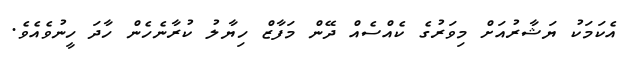
އެކަމަކު ޔަޝާރުއަށް މިވަރުގެ ކެއްސެއް ދޭން މަފާޒް ހިޔާލު ކުރާނެހެން ހާދަ ހީނުވެއެވެ.